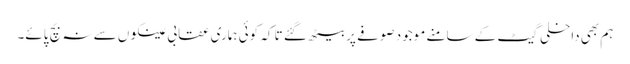
ہم بھی داخلی گیٹ کے سامنے موجود صوفے پر بیٹھ گئے تا کہ کوئی ہماری عقابی عینکوں سے نہ بچ پائے۔